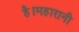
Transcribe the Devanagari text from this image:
है।महारानी